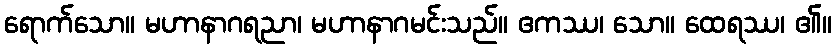
ရောက်သော။ မဟာနာဂရညာ၊ မဟာနာဂမင်းသည်။ ဧကဿ၊ သော။ ထေရဿ၊ ၏။